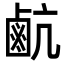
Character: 䴚